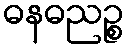
ဓနဓညဉ္စ